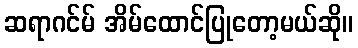
ဆရာဂင်မ် အိမ်ထောင်ပြုတော့မယ်ဆို။